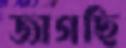
জাগছি